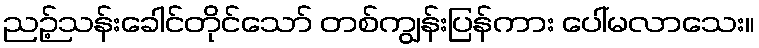
ညဉ့်သန်းခေါင်တိုင်သော် တစ်ကျွန်းပြန်ကား ပေါ်မလာသေး။